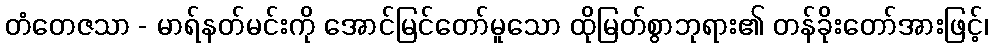
တံတေဇသာ - မာရ်နတ်မင်းကို အောင်မြင်တော်မူသော ထိုမြတ်စွာဘုရား၏ တန်ခိုးတော်အားဖြင့်၊